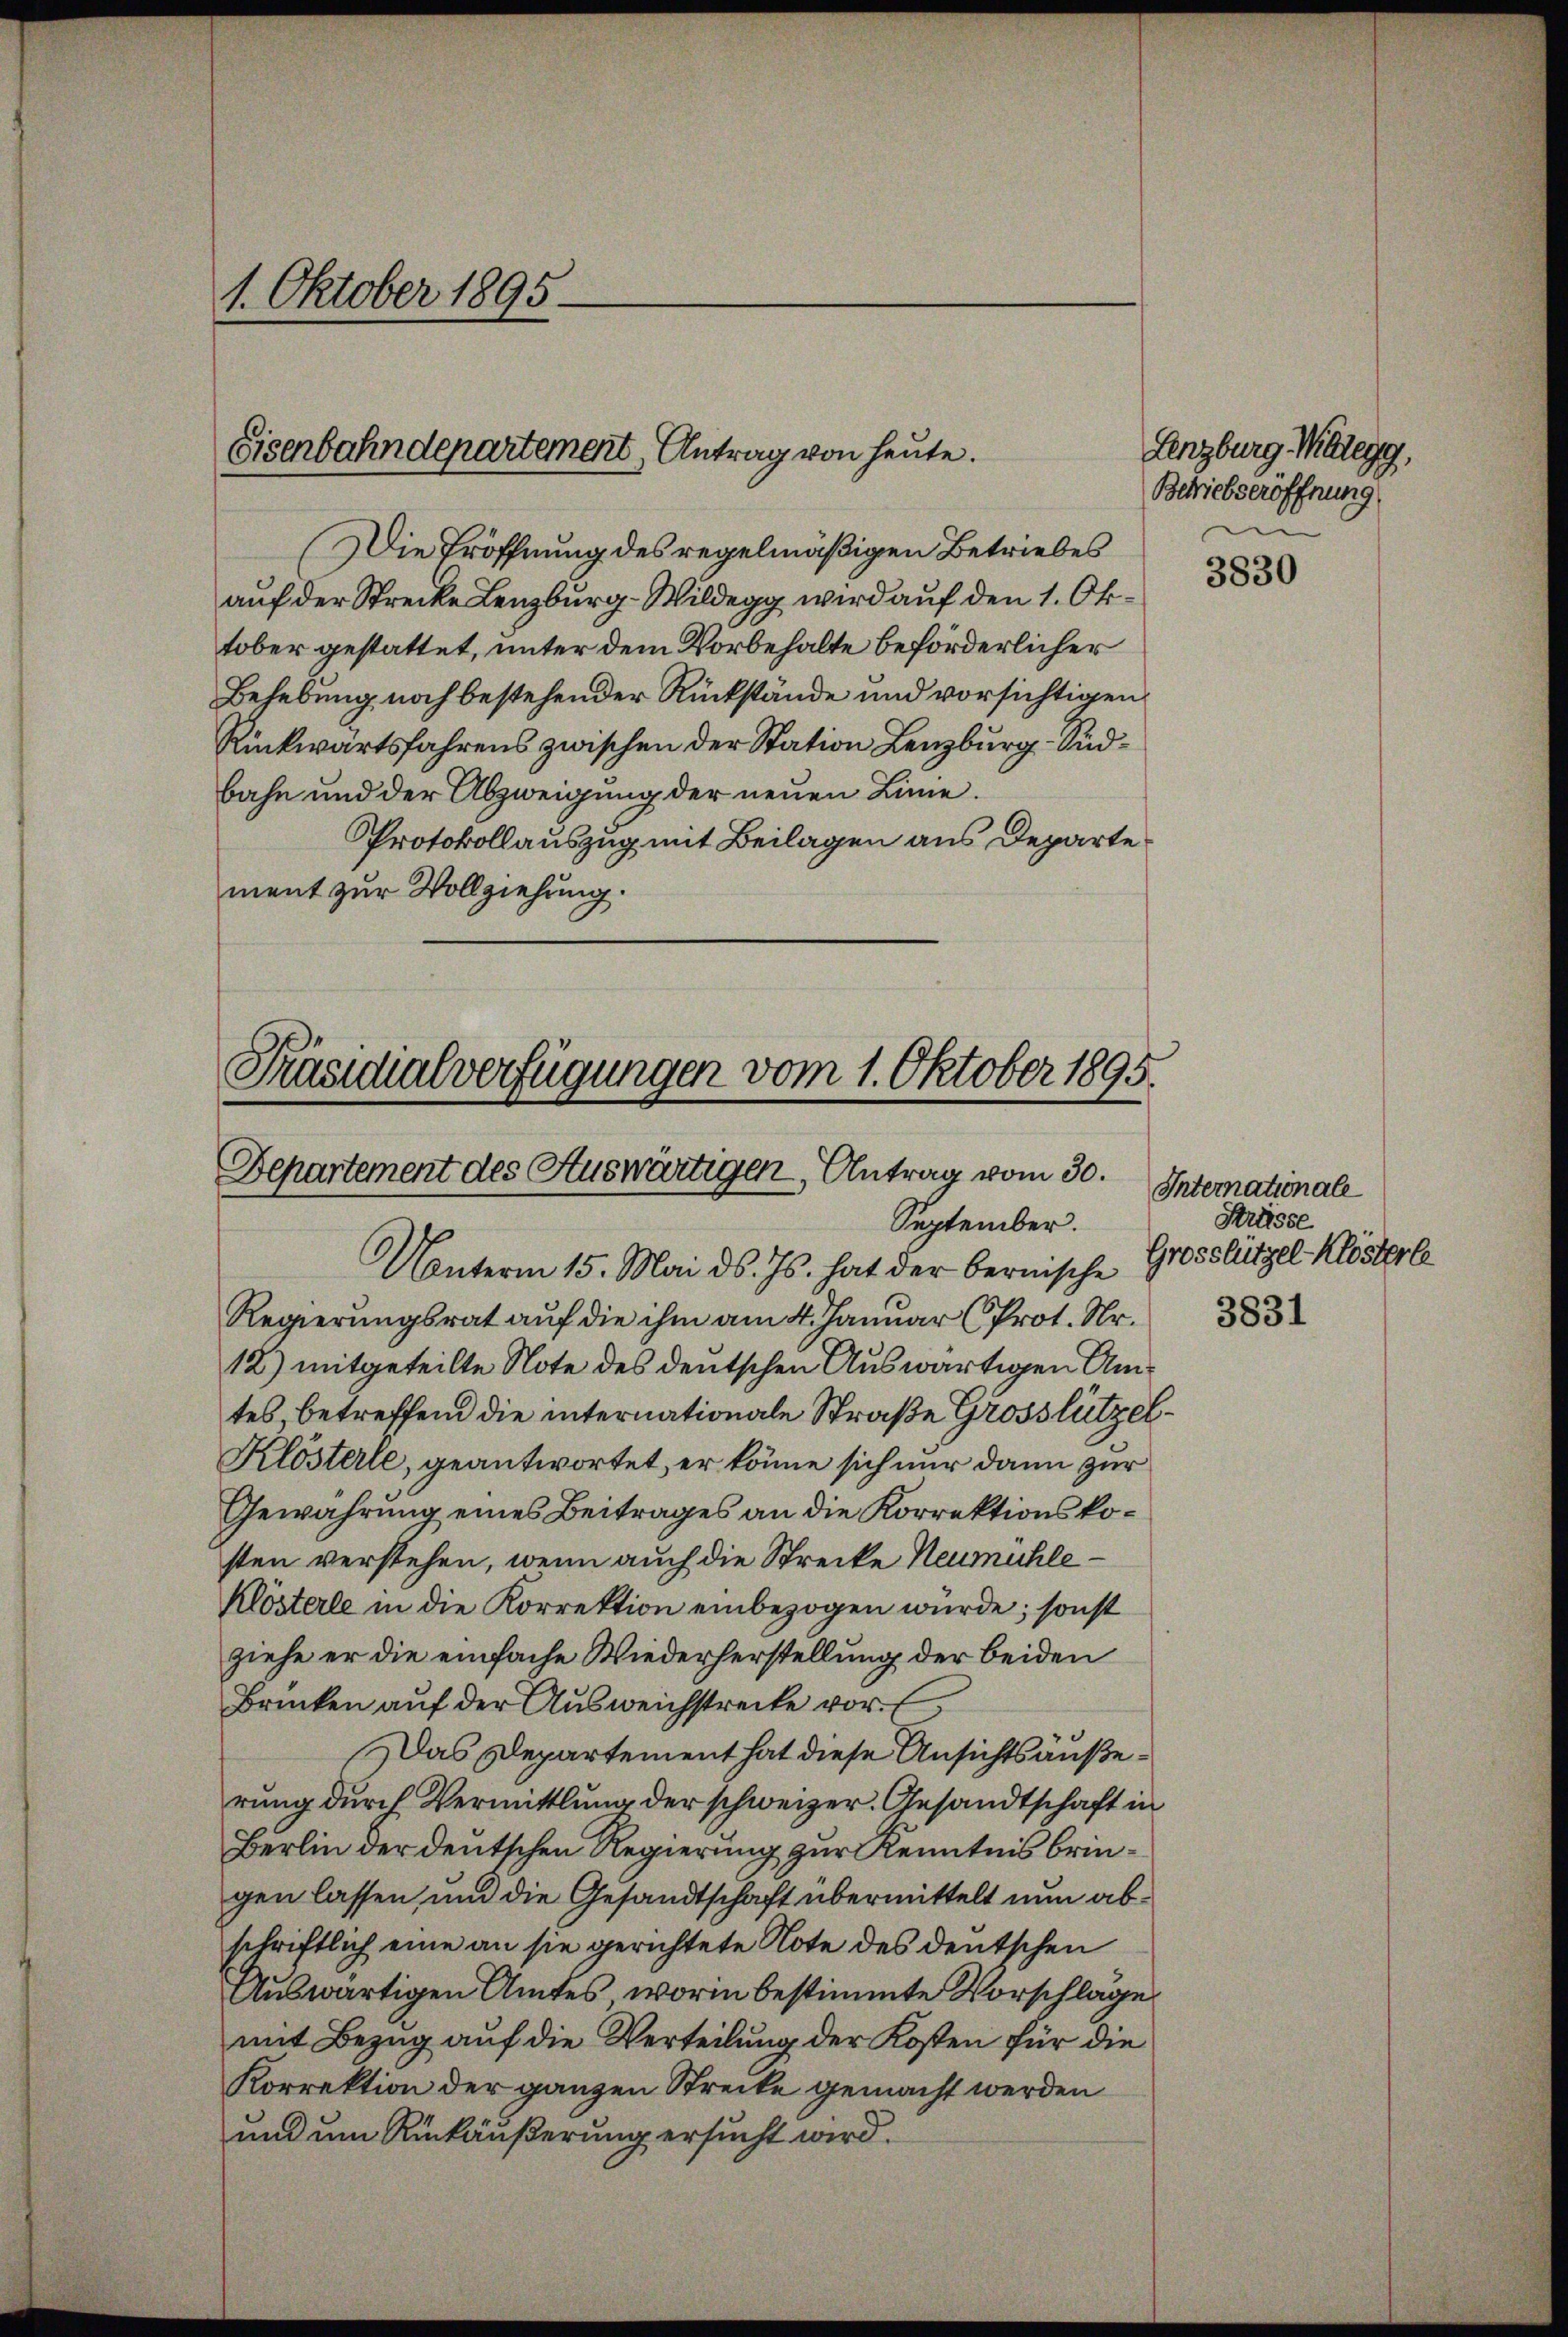
1. Oktober 1895

Eisenbahndepartement Antrag von heute.

Die Eröffnung des regelmäßigen Betriebes
auf der Strecke Lenzburg - Wildegg wird auf den 1. Oktober gestattet, unter dem Vorbehalte beförderlicher
Behebung noch bestehender Rückstände und vorsichtigen
Rückwärtsfahrens zwischen der Station Lenzburg - Südbahn und der Abzweigung der neuen Linie.
Protokollauszug mit Beilagen aus Departe
ment zur Vollziehung.

Präsidialverfügungen vom 1. Oktober 1895.
Departement des Auswärtigen, Antrag vom 30.
September.
Unterm 15. Mai d. Js. hat der bernische

Regierungsrat auf die ihm am 4. Januar (Prot. Nr.
12) mitgeteilte Note des deutschen Auswärtigen Amtes betreffend die internationale Straße Grosslützel¬
Klösterle, geantwortet, er könne sich nur dann zur
Gewährung eines Beitrages an die Korrektionskosten verstehen, wenn auch die Strecke Neumühle¬
Klösterle in die Korrektion einbezogen würde; sonst
ziehe er die einfache Wiederherstellung der beiden
Brücken aŭf der Aŭsweichstreite vor. E
Das Departement hat diese Ansichtsaußerung durch Vermittlung der schweizer. Gesandtschaft in
Berlin der deutschen Regierung zur Kenntnis bringen lassen, und die Gesandtschaft übermittelt nun abschriftlich eine an sie gerichtete Note des deutschen
Auswärtigen Amtes, worin bestimmte Vorschlage
mit Bezug auf die Verteilung der Kosten für die
Korrektion der ganzen Strecke gemacht werden
und um Rückäußerung ersucht wird.

Lenzburg Mülegg,
Betriebseröffnung

3830

3831

Internationale
Strüsse
Grosslützel-Klösterle